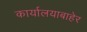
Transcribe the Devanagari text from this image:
कार्यालयाबाहेर